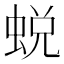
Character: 蜕